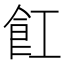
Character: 𮨷